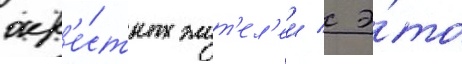
окр'е́стных жит'ел'еи / э́то